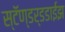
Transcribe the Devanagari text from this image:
स्टॅण्डर्डडाईझ